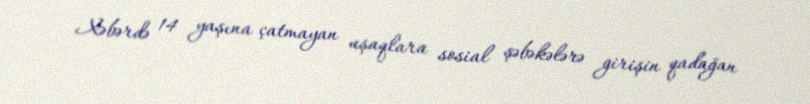
Xəbərdə 14 yaşına çatmayan uşaqlara sosial şəbəkələrə girişin qadağan